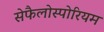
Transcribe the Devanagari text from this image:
सेफैलोस्पोरियम